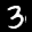
Label: 3